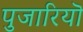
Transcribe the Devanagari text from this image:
पुजारियॊ